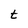
Character: t